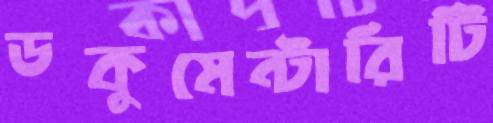
ডকুমেন্টারিটি